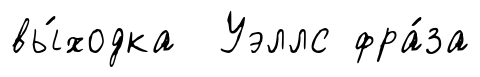
вы́ходка Уэллс фра́за